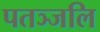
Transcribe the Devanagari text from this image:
पतञ्‍जलि